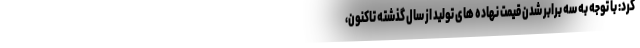
کرد: با توجه به سه برابر شدن قیمت نهاده های تولید از سال گذشته تاکنون،